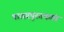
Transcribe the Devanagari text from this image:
पाठय़पुस्तकांत